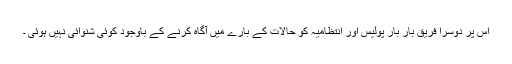
اس پر دوسرا فریق بار بار پولیس اور انتظامیہ کو حالات کے بارے میں آگاہ کرنے کے باوجود کوئی شنوائی نہیں ہوئی ۔